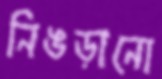
নিঙড়ানো